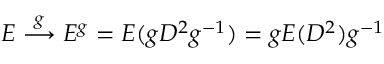
{ \cal E } \stackrel { g } { \longrightarrow } { \cal E } ^ { g } = { \cal E } ( g { \sl D } ^ { 2 } g ^ { - 1 } ) = g { \cal E } ( { \sl D } ^ { 2 } ) g ^ { - 1 }